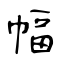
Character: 幅